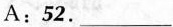
A:52. ___